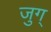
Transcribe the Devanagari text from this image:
जुग्